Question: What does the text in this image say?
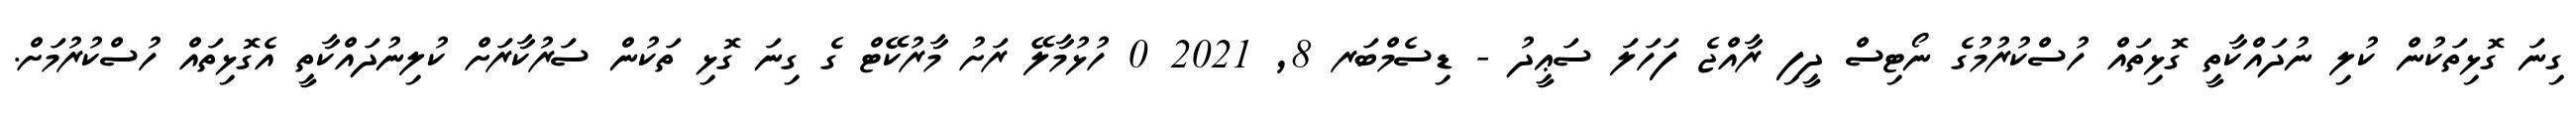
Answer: ގިނަ ގޮޅިތަކުން ކުލި ނުދައްކާތީ ގޮޅިތައް ހުސްކުރުމުގެ ނޯޓިސް ދީފި ރާއްޖެ ފަހަލަ ސަޢީދު - ޑިސެމްބަރ 8, 2021 0 ހުޅުމާލޭ ރަށު މާރުކޭޓް ގެ ގިނަ ގޮޅި ތަކުން ސަރުކާރަށް ކުލިނުދައްކާތީ އެގޮޅިތައް ހުސްކުރުމަށް.